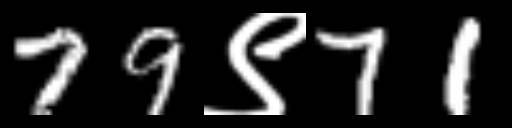
Text: 79९71